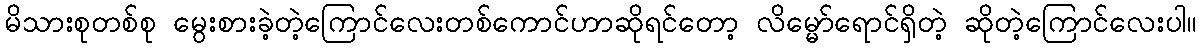
မိသားစုတစ်စု မွေးစားခဲ့တဲ့ကြောင်လေးတစ်ကောင်ဟာဆိုရင်တော့ လိမ္မော်ရောင်ရှိတဲ့ ဆိုတဲ့ကြောင်လေးပါ။